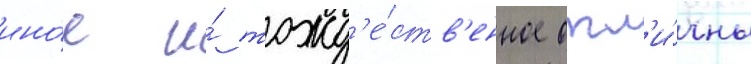
ино́е и́ тожд'е́ств'енное отл'и́чны